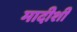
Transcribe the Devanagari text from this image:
मादीशी